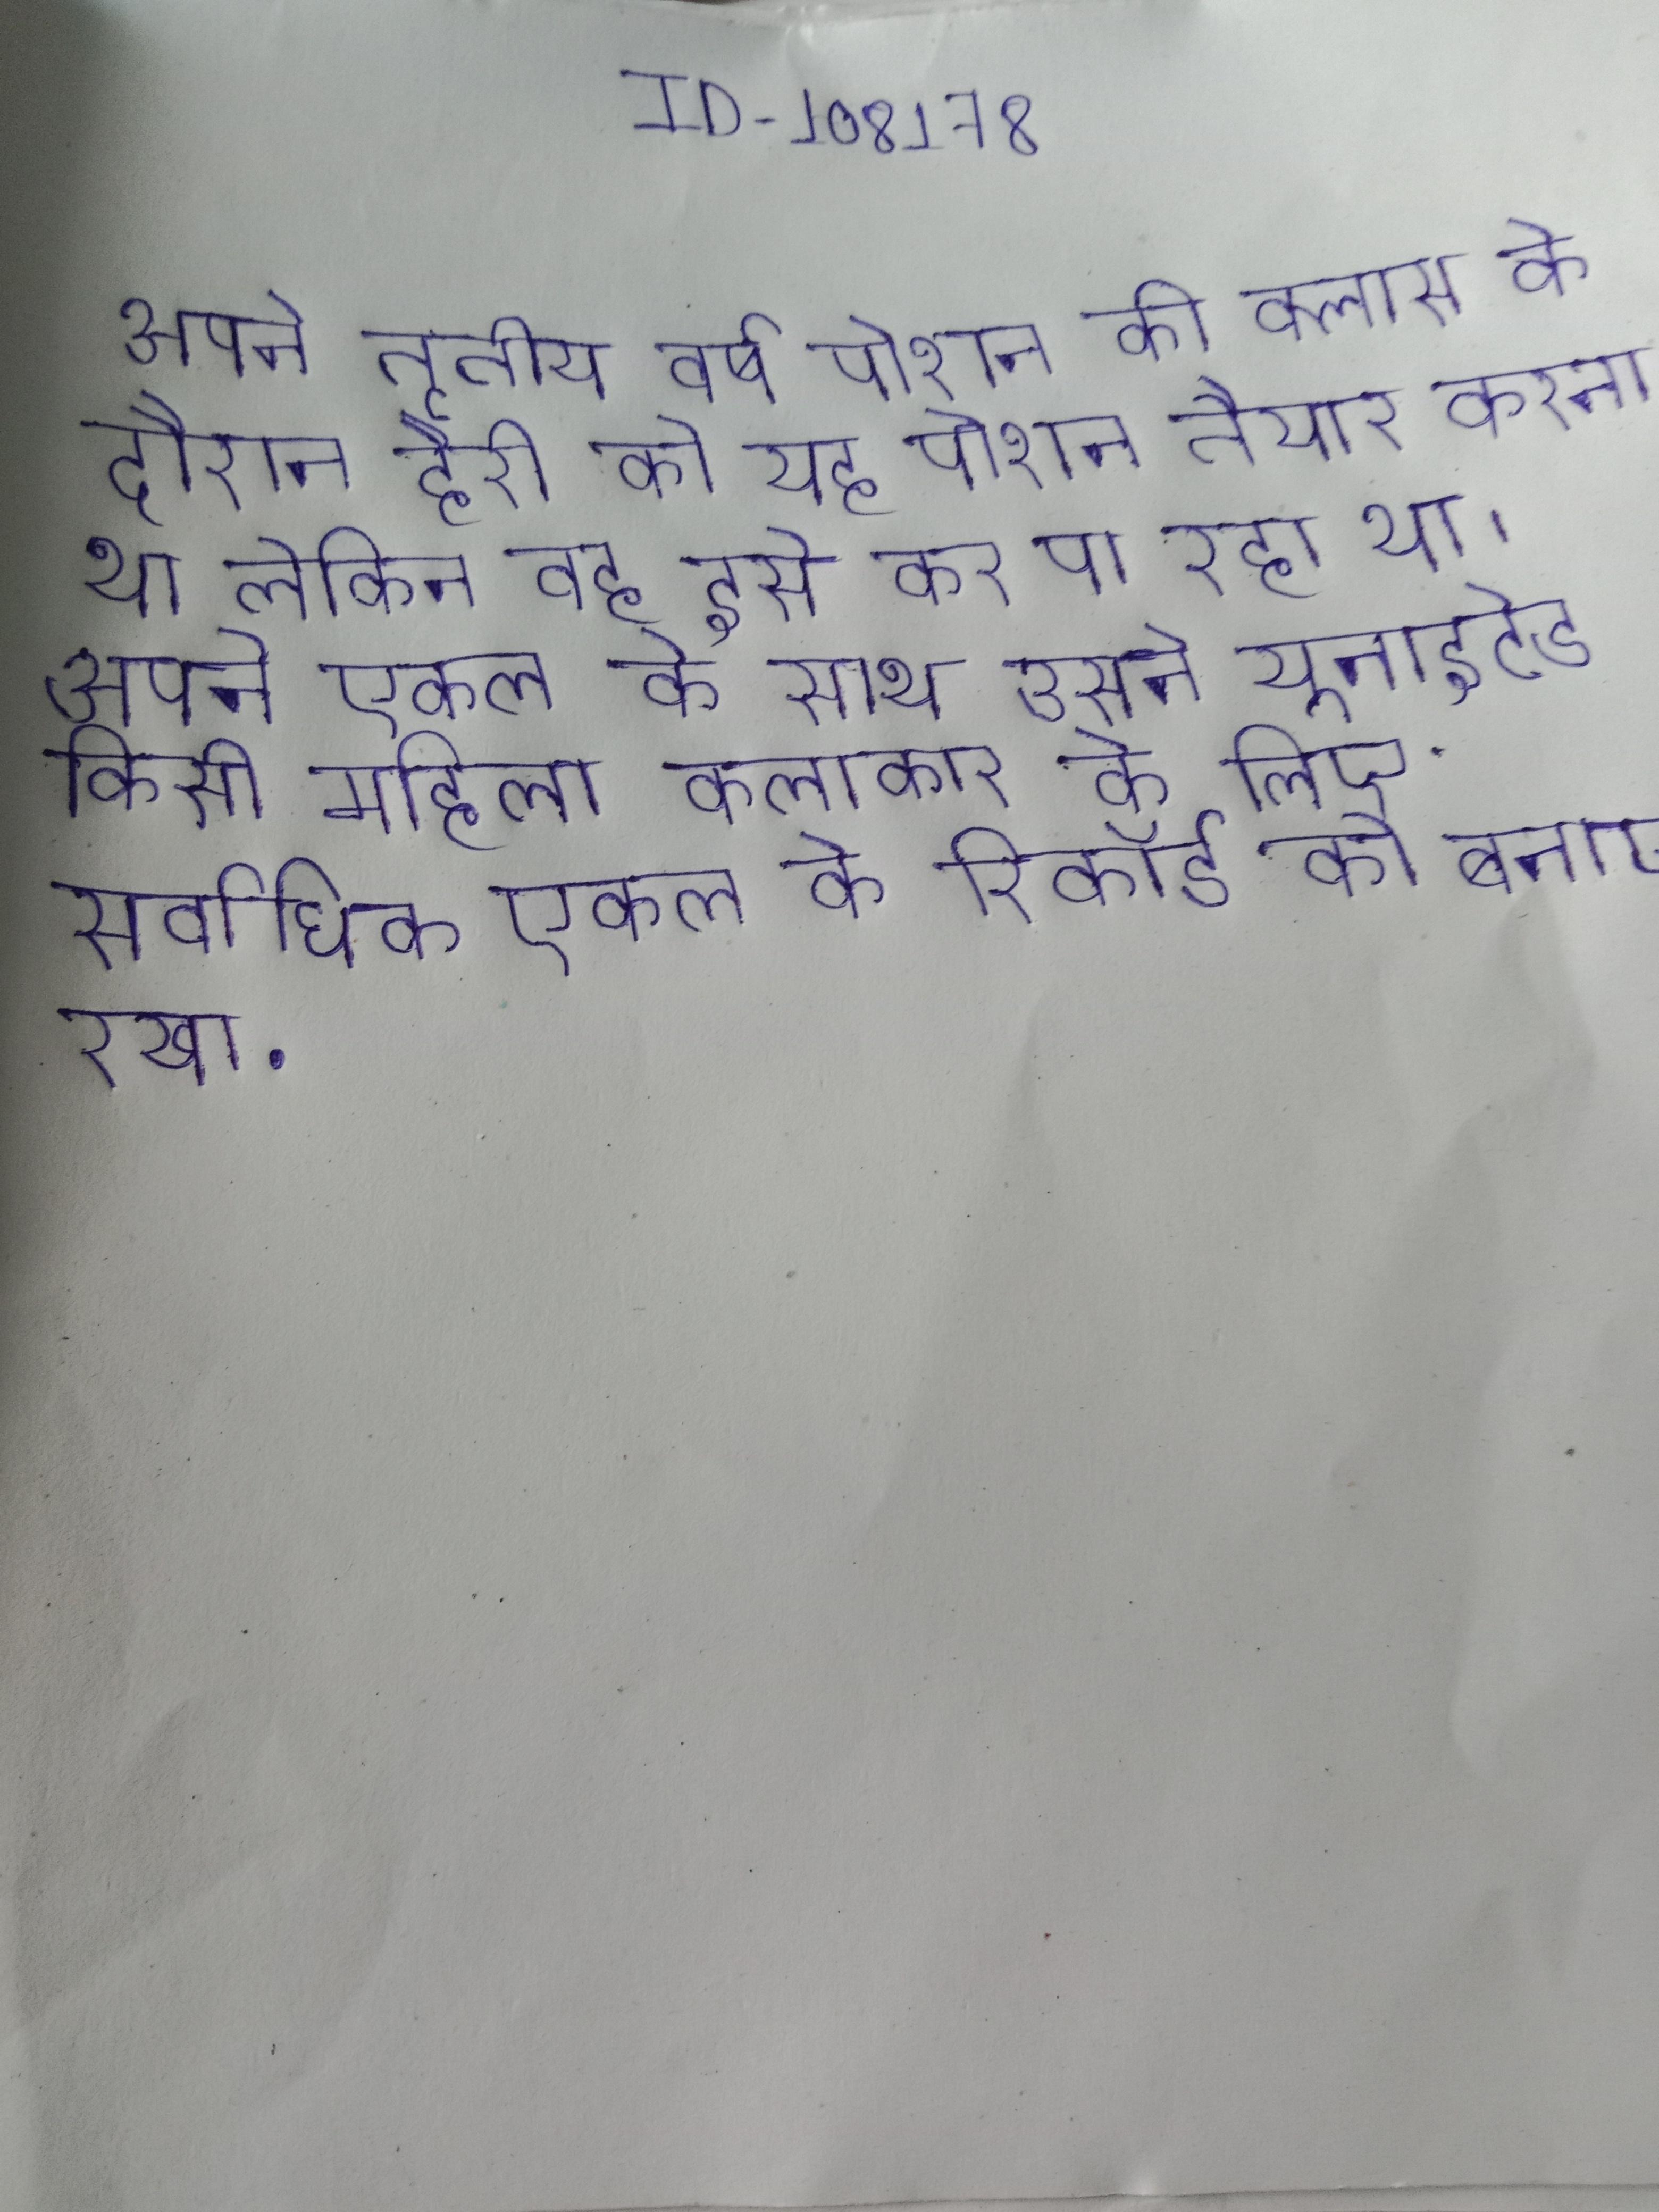
अपने तृतीय वर्ष पोशन की क्लास के दौरान हैरी को यह पोशन तैयार करना था लेकिन वह इसे कर पा रहा था । अपने एकल के साथ उसने यूनाइटेड किसी महिला कलाकार के लिए सर्वाधिक एकल के रिकॉर्ड को बनाए रखा .